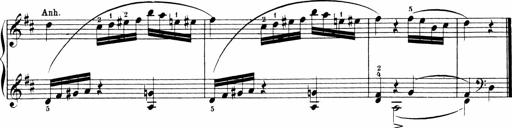
Title: Sonatinen Op.47, 98 und 136, nebst 6 Liedersonatinen
Composer: Carl Reinecke